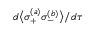
d \big \langle \sigma _ { + } ^ { ( a ) } \sigma _ { - } ^ { ( b ) } \big \rangle / d \tau